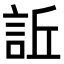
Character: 𧦺